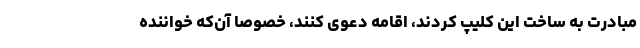
مبادرت به ساخت این کلیپ کردند، اقامه دعوی کنند، خصوصاً آن‌که خواننده